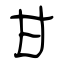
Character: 甘